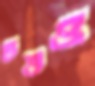
ঢঙও